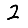
Digit: 2